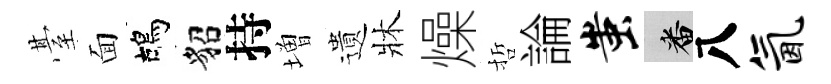
䑓面鴣貂持増遺牀燥哲論蚩番八氤